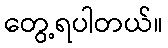
တွေ့ရပါတယ်။